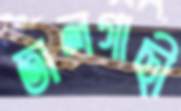
তালগাছী